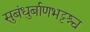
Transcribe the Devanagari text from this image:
सुबंधुर्बाणभट्टश्च